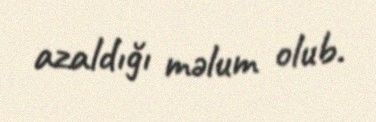
azaldığı məlum olub.